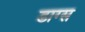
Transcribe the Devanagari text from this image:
डाग्स